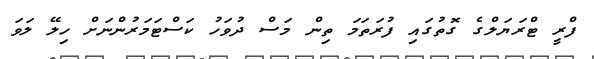
ފްރީ ޓްރަޔަލްގެ ގޮތުގައި ފުރަތަމަ ތިން މަސް ދުވަހު ކަސްޓަމަރުންނަށް ހިލޭ ލަވަ